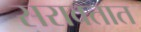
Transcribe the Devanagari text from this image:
सरावतात